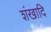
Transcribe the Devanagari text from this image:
शंखादि